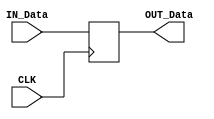
module Sync(CLK, IN_Data, OUT_Data);

input CLK, IN_Data;
output reg OUT_Data;

always @(posedge CLK)
	begin
	
	OUT_Data <= IN_Data;

	end
endmodule